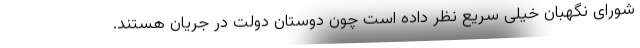
شورای نگهبان خیلی سریع نظر داده است چون دوستان دولت در جریان هستند.